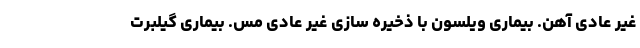
غیر عادی آهن. بیماری ویلسون با ذخیره سازی غیر عادی مس. بیماری گیلبرت